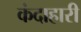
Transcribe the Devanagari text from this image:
कंदाहारी